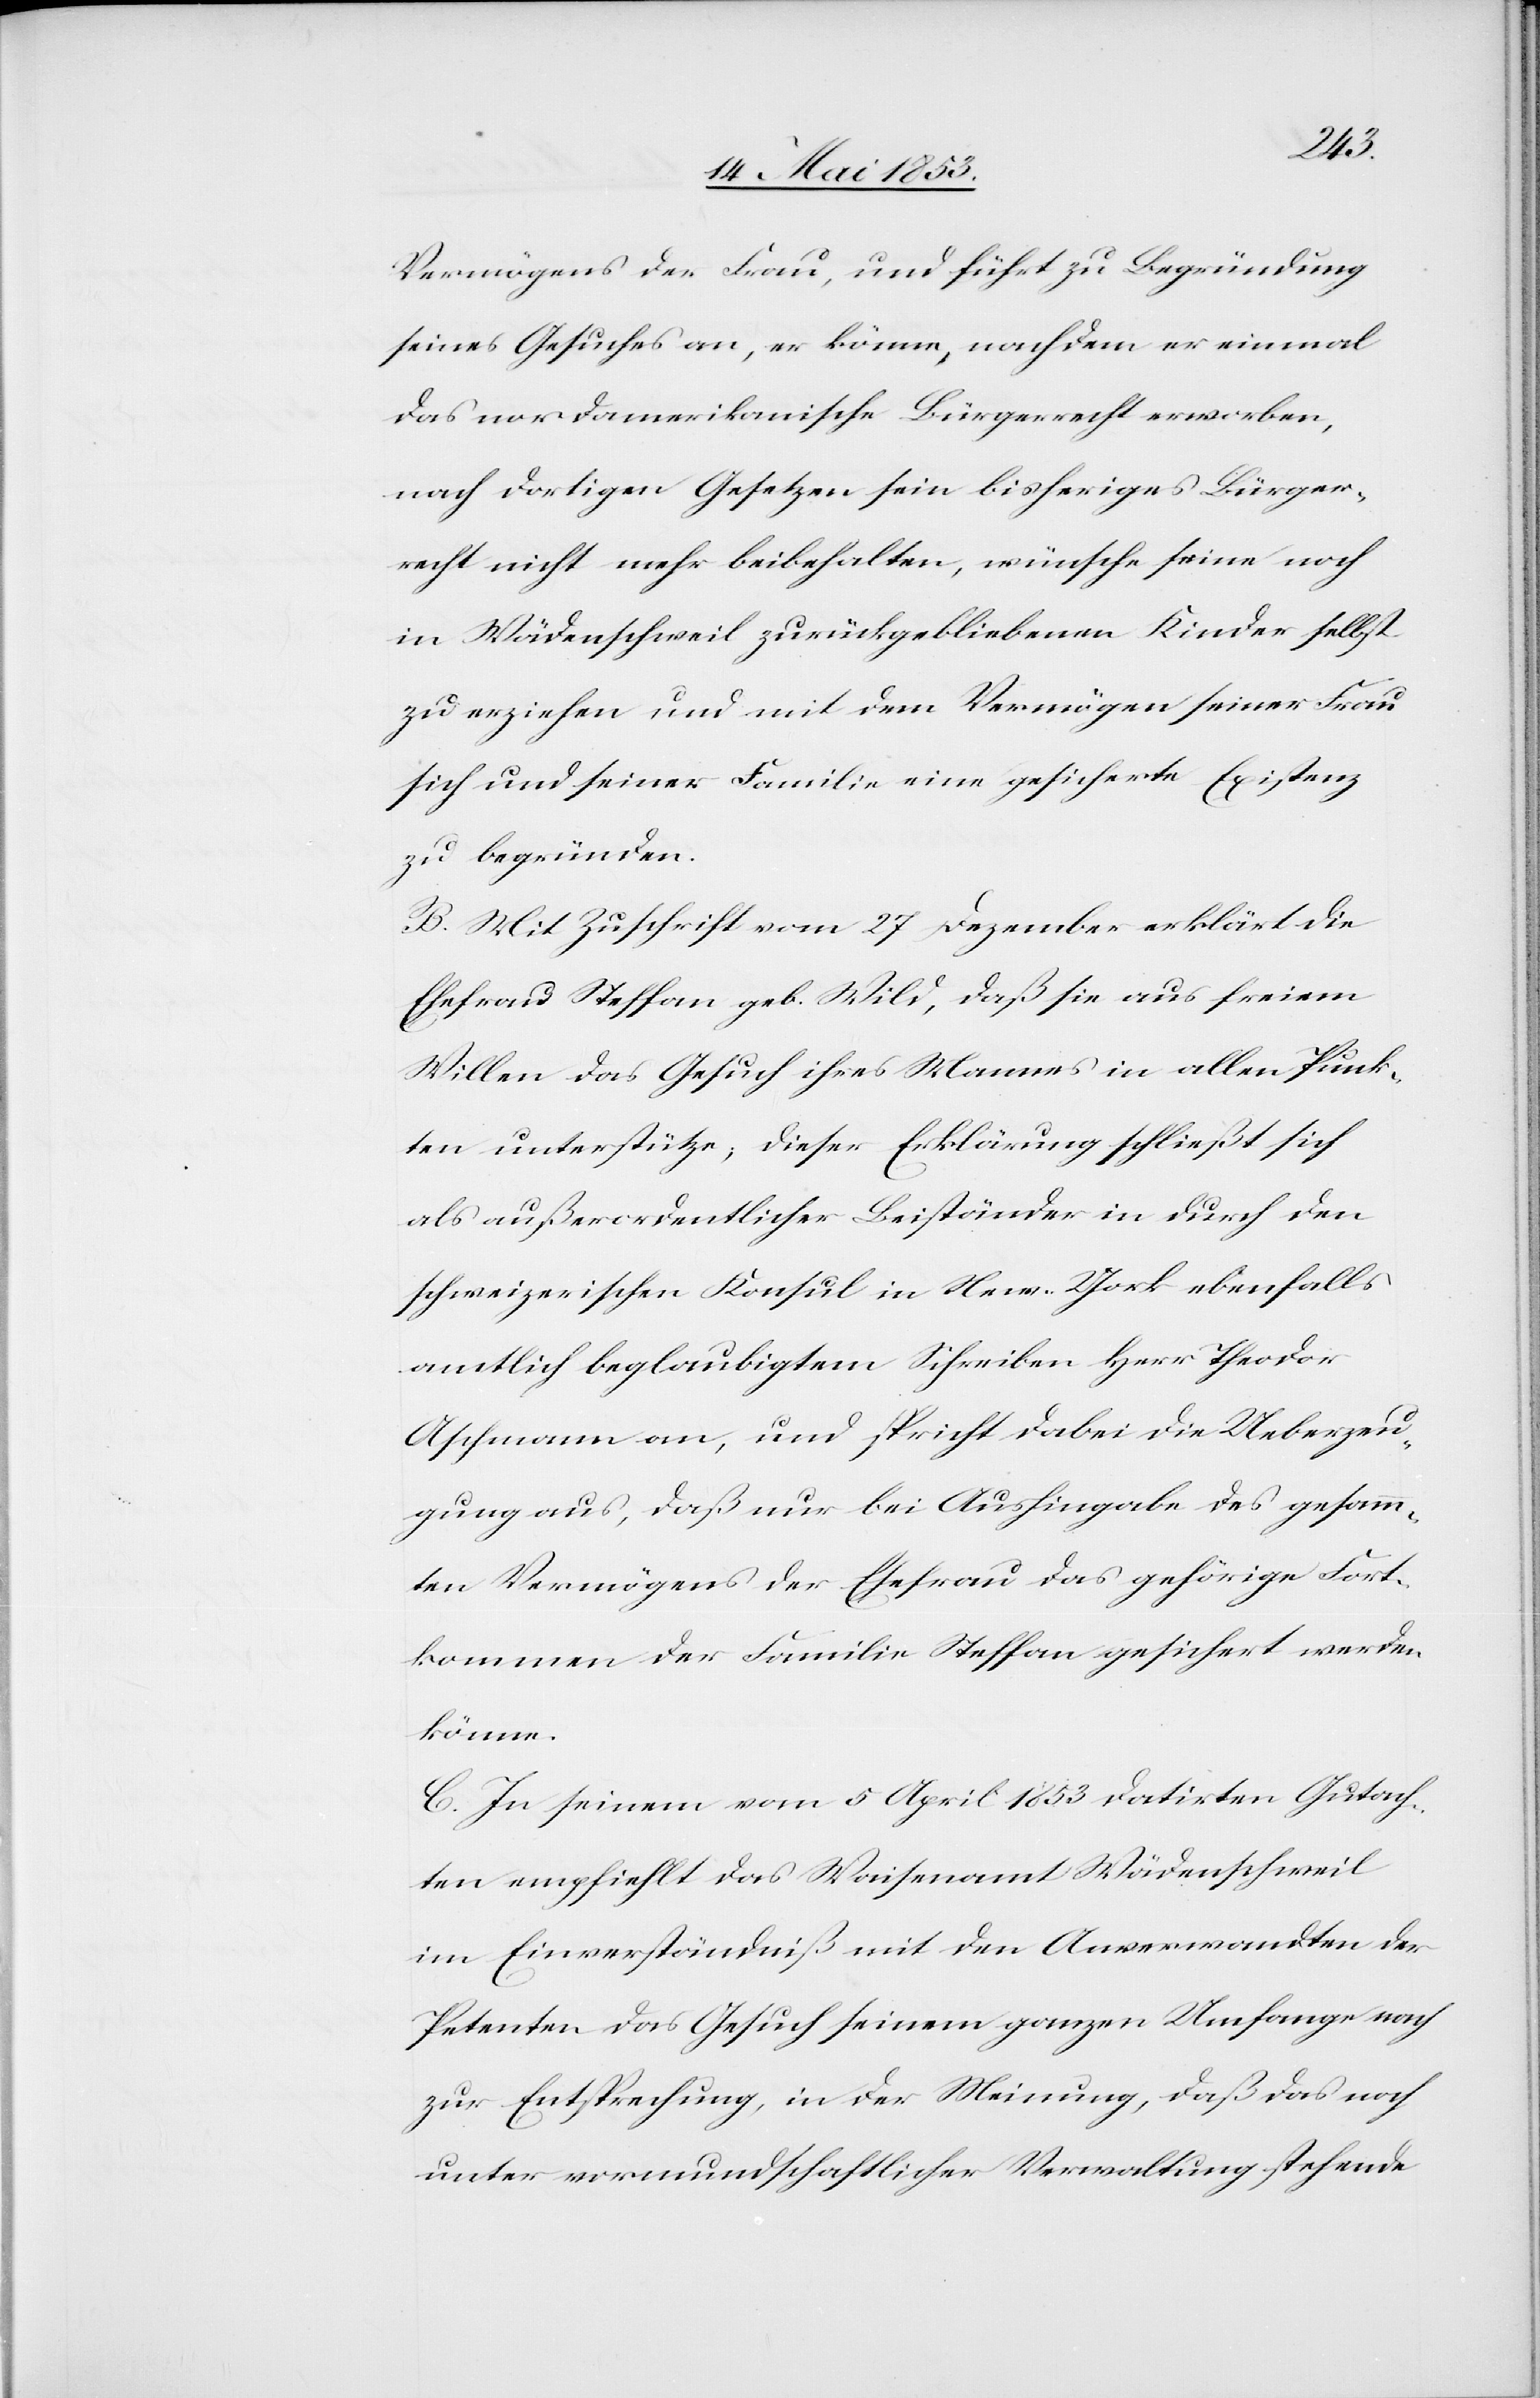
Vermögens der Frau, und führt zu Begründung
seines Gesuches an, er könne, nachdem er einmal
das nordamerikanische Bürgerrecht erworben
nach dortigen Gesetzen sein bisheriges Bürger¬
recht nicht mehr beibehalten, wünsche seine noch
in Wädenschweil zurückgebliebenen Kinder selbst
zu erziehen und mit dem Vermögen seiner Frau
sich und seiner Familie eine gesicherte Existenz
zu begründen.
B. Mit Zuschrift vom 27 Dezember erklärt die
Ehefrau Steffan geb. Wild, daß sie aus freiem
Willen das Gesuch ihres Mannes in allen Punk¬
ten unterstütze, dieser Erklärung schließt sich
als außerordentlicher Beiständer in durch den
schweizerischen Konsul in New-York ebenfalls
amtlich beglaubigtem Schreiben Herr Theodor
Aschmann an, und spricht dabei die Ueberzeu¬
gung aus, daß nur bei Aushingabe des gesamm¬
ten Vermögens der Ehefrau das gehörige Fort¬
kommen der Familie Steffan gesichert werden
könne.
C. In seinem vom 5 April 1853 datirten Gutach¬
ten empfiehlt das Waisenamt Wädenschweil
im Einverständniß mit der Anverwandten der
Petenten das Gesuch seinem ganzen Umfange nach
zur Entsprechung, in der Meinung, daß das noch
unter vormundschaftlicher Verwaltung stehende